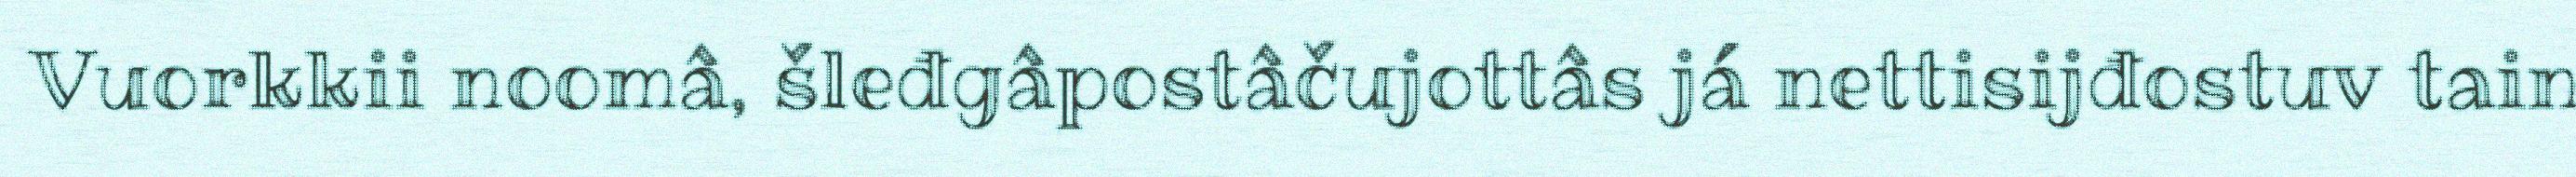
Vuorkkii noomâ, šleđgâpostâčujottâs já nettisijđostuv tain